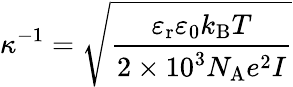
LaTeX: \kappa^{-1}={\sqrt{\frac{\varepsilon_{\mathrm{{r}}}\varepsilon_{0}k_{\mathrm{{B}}}T}{2\times 10^{3}N_{\mathrm{{A}}}e^{2}I}}}